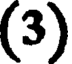
(3)